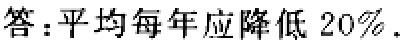
答：平均每年应降低 \(20\%\).